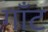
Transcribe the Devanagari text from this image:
गॉंट